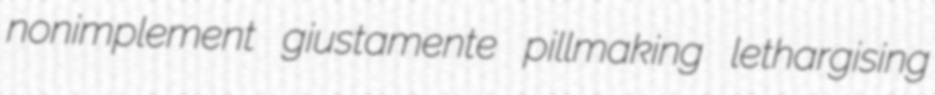
nonimplement giustamente pillmaking lethargising